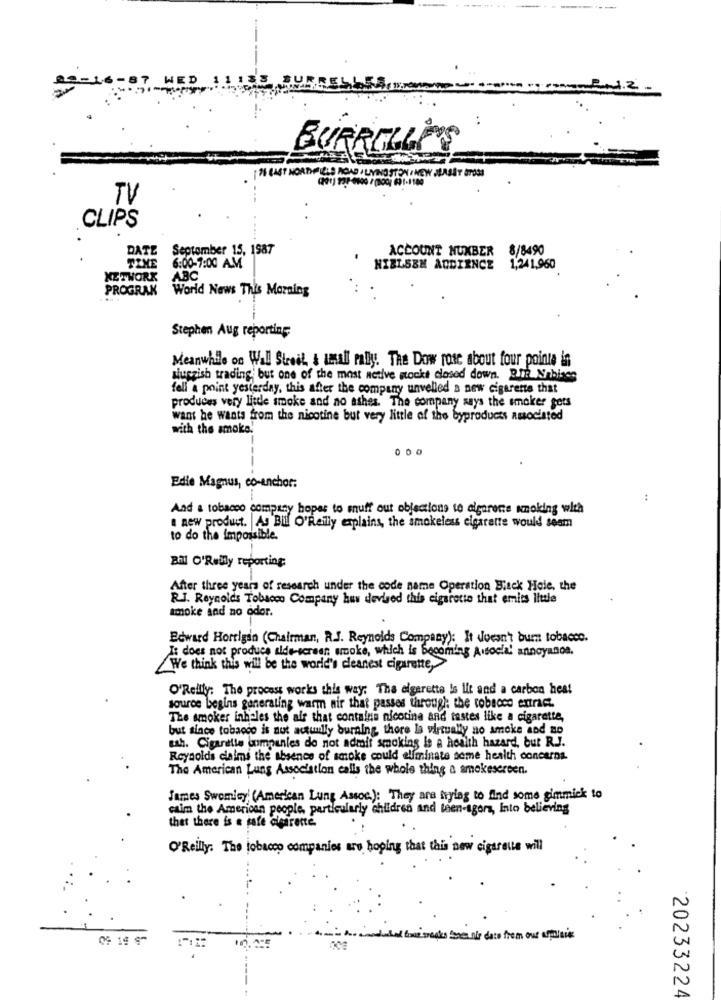
--
BURRELLPS
IN EAST NORDFIELD ROAD , LIVINGSTON , NEW JLASST GROSS
TV
CLIPS
DATE September 15, 1987
ACCOUNT NUMBER 8/8490
TIME 6:00-7:00 AM
NIELSEN AUDIENCE 1,241,960
NETWORK
ABC
PROGRAK World News This Morning
Stephen Aug reporting
Meanwhile on Wall Street, & usall rally. The Dow rose about four points in
siuczish trading but one of the most netive stocks closed down. Bild Nabises
fell a point yesterday, this after the company unvelled a new cigarette that
produces very litde smoke and no ashes. The company says the smoker gets
want he wants from the nicotine but very little of the byproducts associated
with the smoke.
000
Edie Magnus, co-anchor:
:
And a tobacco company hopes to muff out objections to algarene smoking with
a new product. As Bill O'Reilly explains, the smokeless cigarette would sesm
to do the impossible.
Bill O'Reilly reporting
After three years of research under the code name Operation Black Hole, the
R.J. Reynolds Tobacco Company hus devised this cigarette that emits little
smoke and no odor.
Edward Horrigan (Chairman, R.J. Reynolds Company): It doesn't burt tobacco.
Is does not produce alderscreen erooke, which is becoming A social annoyanos.
We think this will be the world's cleanest cigarette
O'Reilly: The process works this way: The cigarette Is Ilt and a carbon heat
source begins generating warm nir that passes through: the tobacco extract.
The smoker inhales the air that contains nicotine and tastes like a cigarette,
but since tobacco is aut actually burning, there Is virtually no smoke and no
ash. Cigartlie onmpenles do not admit smoking le a health hazard, bur R.J.
Reynolds claims the absence of smoke could eliminate some health concerns.
The American Lung Association calls the whole thing a smokescreen.
James Swomicy' (American Lung Assoc.): They are trying to find some gimmick to
caim the American people, particularly children and teen-agora, Into believing
that there is a pare cleareste.
O'Reilly: The jobacco companies are hoping that this new cigarette will
wait for meats som nie doto them out apalais
20233224